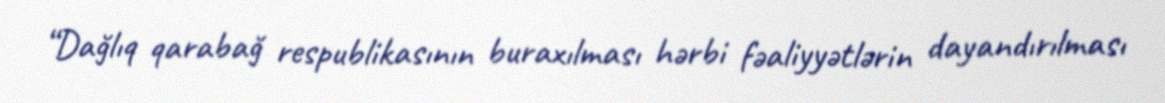
“Dağlıq qarabağ respublikasının buraxılması hərbi fəaliyyətlərin dayandırılması